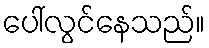
ပေါ်လွင်နေသည်။